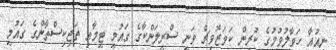
ނިއުއާ ހަވާލުުވުުމުގެ ކުރިން ކަވަޒޮވިޗް ވަނީ ސްރީލަންކާގެ ގައުމީ ޓީމާއި ތަޖިކިސްތާންގެ ގައުމީ